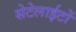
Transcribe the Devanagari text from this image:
सेटेलाईटों